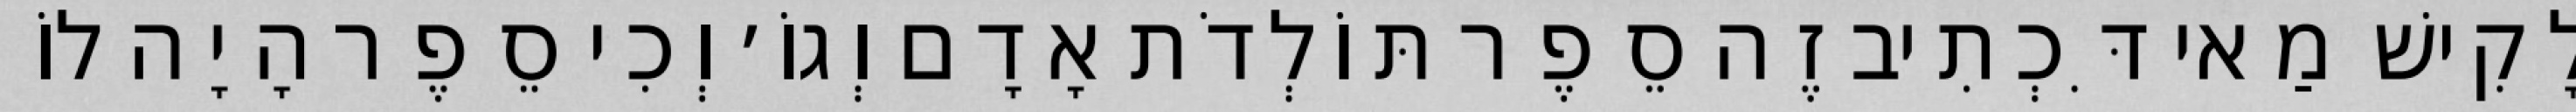
לָקִישׁ מַאי דִּכְתִיב זֶה סֵפֶר תּוֹלְדֹת אָדָם וְגוֹ׳ וְכִי סֵפֶר הָיָה לוֹ